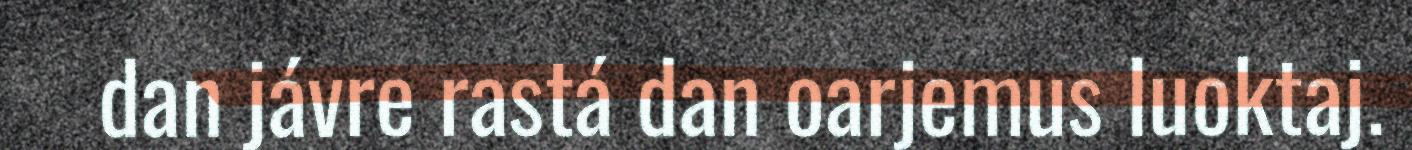
dan jávre rastá dan oarjemus luoktaj.